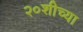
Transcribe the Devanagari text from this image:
२०शीच्या